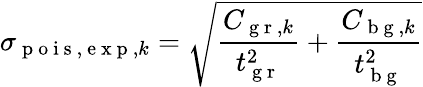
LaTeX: \sigma_{\mathrm{~p~o~i~s~},\mathrm{~e~x~p~},k}=\sqrt{\frac{C_{\mathrm{~g~r~},k}}{t_{\mathrm{~g~r~}}^{2}}+\frac{C_{\mathrm{~b~g~},k}}{t_{\mathrm{~b~g~}}^{2}}}